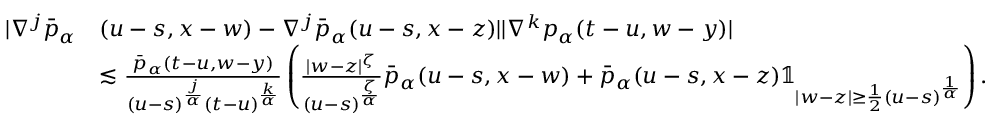
\begin{array} { r l } { | \nabla ^ { j } \bar { p } _ { \alpha } } & { ( u - s , x - w ) - \nabla ^ { j } \bar { p } _ { \alpha } ( u - s , x - z ) | | \nabla ^ { k } p _ { \alpha } ( t - u , w - y ) | } \\ & { \lesssim \frac { \bar { p } _ { \alpha } ( t - u , w - y ) } { ( u - s ) ^ { \frac { j } { \alpha } } ( t - u ) ^ { \frac { k } { \alpha } } } \left( \frac { | w - z | ^ { \zeta } } { ( u - s ) ^ { \frac { \zeta } { \alpha } } } \bar { p } _ { \alpha } ( u - s , x - w ) + \bar { p } _ { \alpha } ( u - s , x - z ) \mathbb { 1 } _ { | w - z | \geq \frac { 1 } { 2 } ( u - s ) ^ { \frac { 1 } { \alpha } } } \right) . } \end{array}